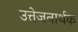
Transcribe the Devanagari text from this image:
उत्तेजनार्थक